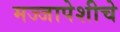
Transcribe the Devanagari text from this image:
मज्जापेशीचे